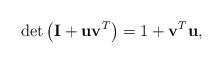
LaTeX: \begin{align*}\det\left( {\bf I} + {\bf u} {\bf v} ^T \right) = 1 + {\bf v} ^T {\bf u}, \end{align*}